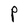
Character: P